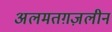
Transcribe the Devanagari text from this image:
अलमतग़ज़लीन